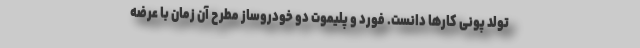
تولد پونی کارها دانست. فورد و پلیموت دو خودروساز مطرح آن زمان با عرضه